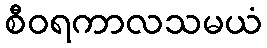
စီဝရကာလသမယံ